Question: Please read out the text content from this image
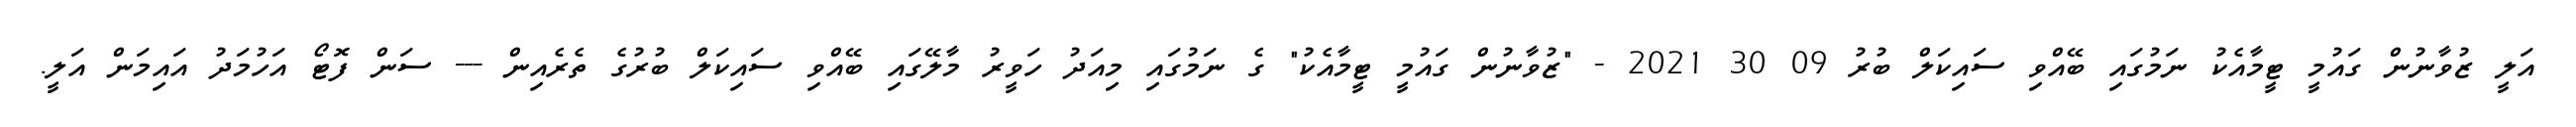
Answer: އަލީ ޒުވާނުން ގައުމީ ޓީމާއެކު ނަމުގައި ބޭއްވި ސައިކަލް ބުރު 09 30 2021 - "ޒުވާނުން ގައުމީ ޓީމާއެކު" ގެ ނަމުގައި މިއަދު ހަވީރު މާލޭގައި ބޭއްވި ސައިކަލް ބުރުގެ ތެރެއިން --- ސަން ފޮޓޯ އަހުމަދު އައިމަން އަލީ.